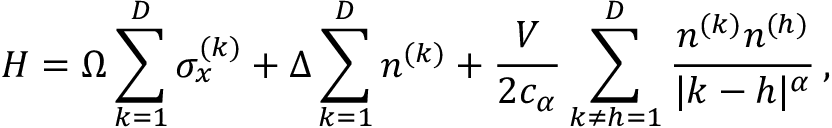
H = \Omega \sum _ { k = 1 } ^ { D } \sigma _ { x } ^ { ( k ) } + \Delta \sum _ { k = 1 } ^ { D } n ^ { ( k ) } + \frac { V } { 2 c _ { \alpha } } \sum _ { k \neq h = 1 } ^ { D } \frac { n ^ { ( k ) } n ^ { ( h ) } } { | k - h | ^ { \alpha } } \, ,